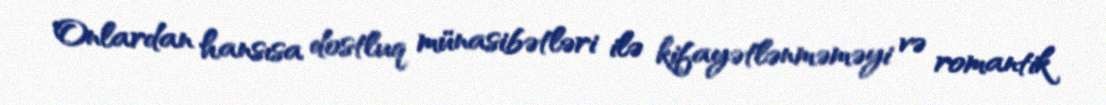
Onlardan hansısa dostluq münasibətləri ilə kifayətlənməməyi və romantik